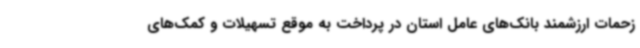
زحمات ارزشمند بانک‌های عامل استان در پرداخت به موقع تسهیلات و کمک‌های